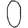
Digit: 0